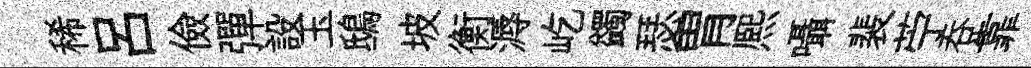
稀呂儉彈設玉鴟坡衡溽屹蠲瑟胃熈囁裴苧呑靠